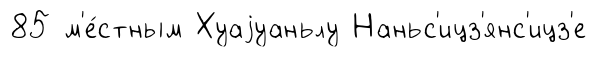
85 м'е́стным Хуаjуаньлу Наньс'ицз'янс'ицз'е